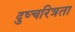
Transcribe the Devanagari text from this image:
दुष्चरित्रता